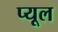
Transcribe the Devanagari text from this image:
प्यूल